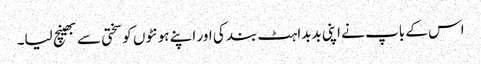
اس کے باپ نے اپنی بدبداہٹ بند کی اور اپنے ہونٹوں کو سختی سے بھینچ لیا۔